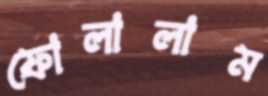
ফোলালাম